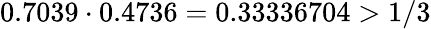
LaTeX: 0.7039\cdot 0.4736=0.33336704>1/3